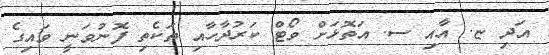
އަދި ޏ. އާއި ސ. އަތޮޅަށް ވޯޓް ކަރުދާހާއި ތަކެތި ފޮނުވަނީ ވައިގެ